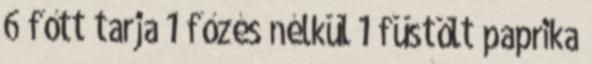
6 főtt tarja 1 főzés nélkül 1 füstölt paprika